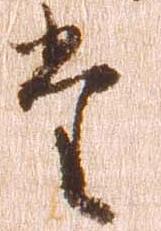
た